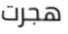
هجرت